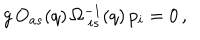
g \, O _ { a s } ( q ) \, \Omega _ { \ i s } ^ { - 1 } ( q ) \, p _ { i } = 0 \, ,